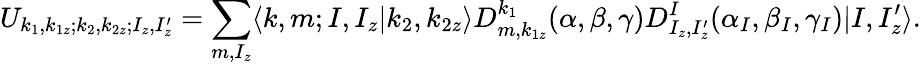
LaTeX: U_{k_{1},k_{1z};k_{2},k_{2z};I_{z},I_{z}^{\prime}}=\sum_{m,I_{z}}\langle k,m;I,I_{z}|k_{2},k_{2z}\rangle D_{m,k_{1z}}^{k_{1}}(\alpha,\beta,\gamma)D_{I_{z},I_{z}^{\prime}}^{I}(\alpha_{I},\beta_{I},\gamma_{I})|I,I_{z}^{\prime}\rangle.